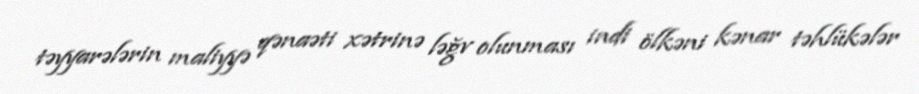
təyyarələrin maliyyə qənaəti xətrinə ləğv olunması indi ölkəni kənar təhlükələr